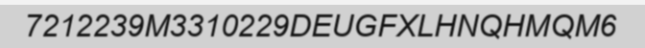
7212239M3310229DEUGFXLHNQHMQM6